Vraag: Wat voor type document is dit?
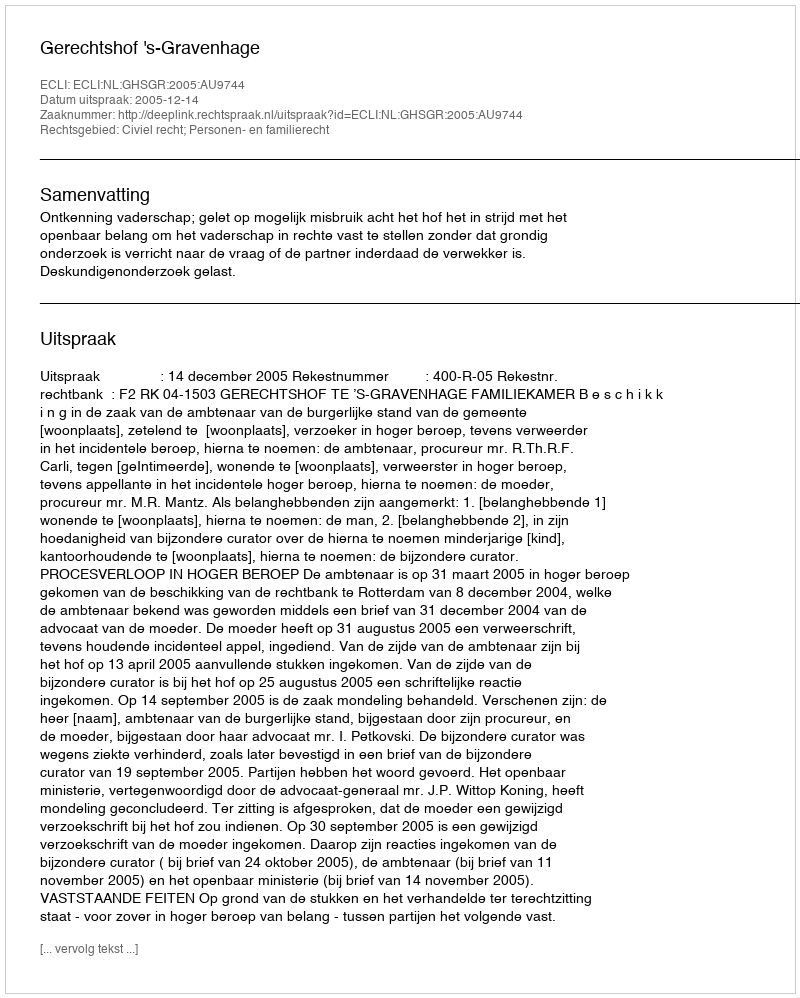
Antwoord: Uitspraak